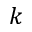
\boldsymbol { k }